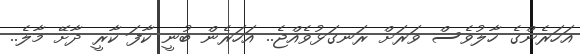
އަހަރެންގެ ހާލުވެސް ވަރަށް ރަނގަޅުވެއްޖެ.. އަހަރެން ބުނީ ކާފަ ކާރީ ދާށޭ މާލެ..